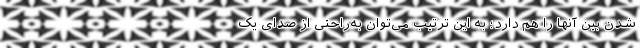
شدن بین آنها را هم دارد؛ به این ترتیب می‌توان به‌راحتی از صدای یک